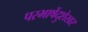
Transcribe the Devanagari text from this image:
परभाषेंदुशेखर